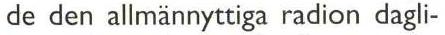
de den allmännyttiga radion dagli-